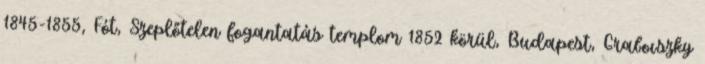
1845-1855, Fót, Szeplőtelen fogantatás templom 1852 körül, Budapest, Grabovszky